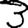
Digit: 3